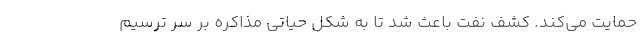
حمایت می‌کند. کشف نفت باعث شد تا به شکل حیاتی مذاکره بر سر ترسیم